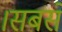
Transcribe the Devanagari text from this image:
।सबसे